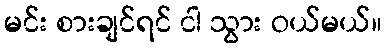
မင်း စားချင်ရင် ငါ သွား ဝယ်မယ်။